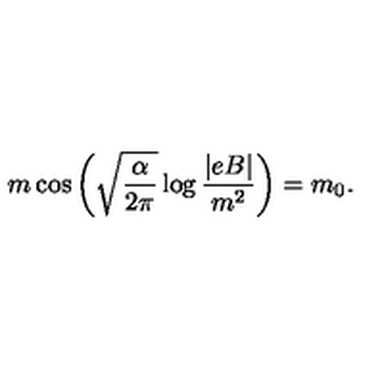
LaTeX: m \cos \left( \sqrt { \frac { \alpha } { 2 \pi } } \log \frac { | e B | } { m ^ { 2 } } \right) = m _ { 0 } .